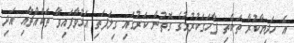
އެ ހަދިޔާކުރާ ތަކެތި ފާހަގަކުރުމުގެ ގޮތުން ކަރުގައި ގިލަފަތި އަޅުވާފައިވާ ތަކެއްޗާއި އަދި